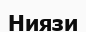
Ниязи